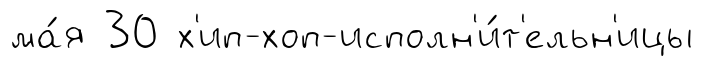
ма́я 30 х'ип-хоп-исполн'и́т'ельн'ицы